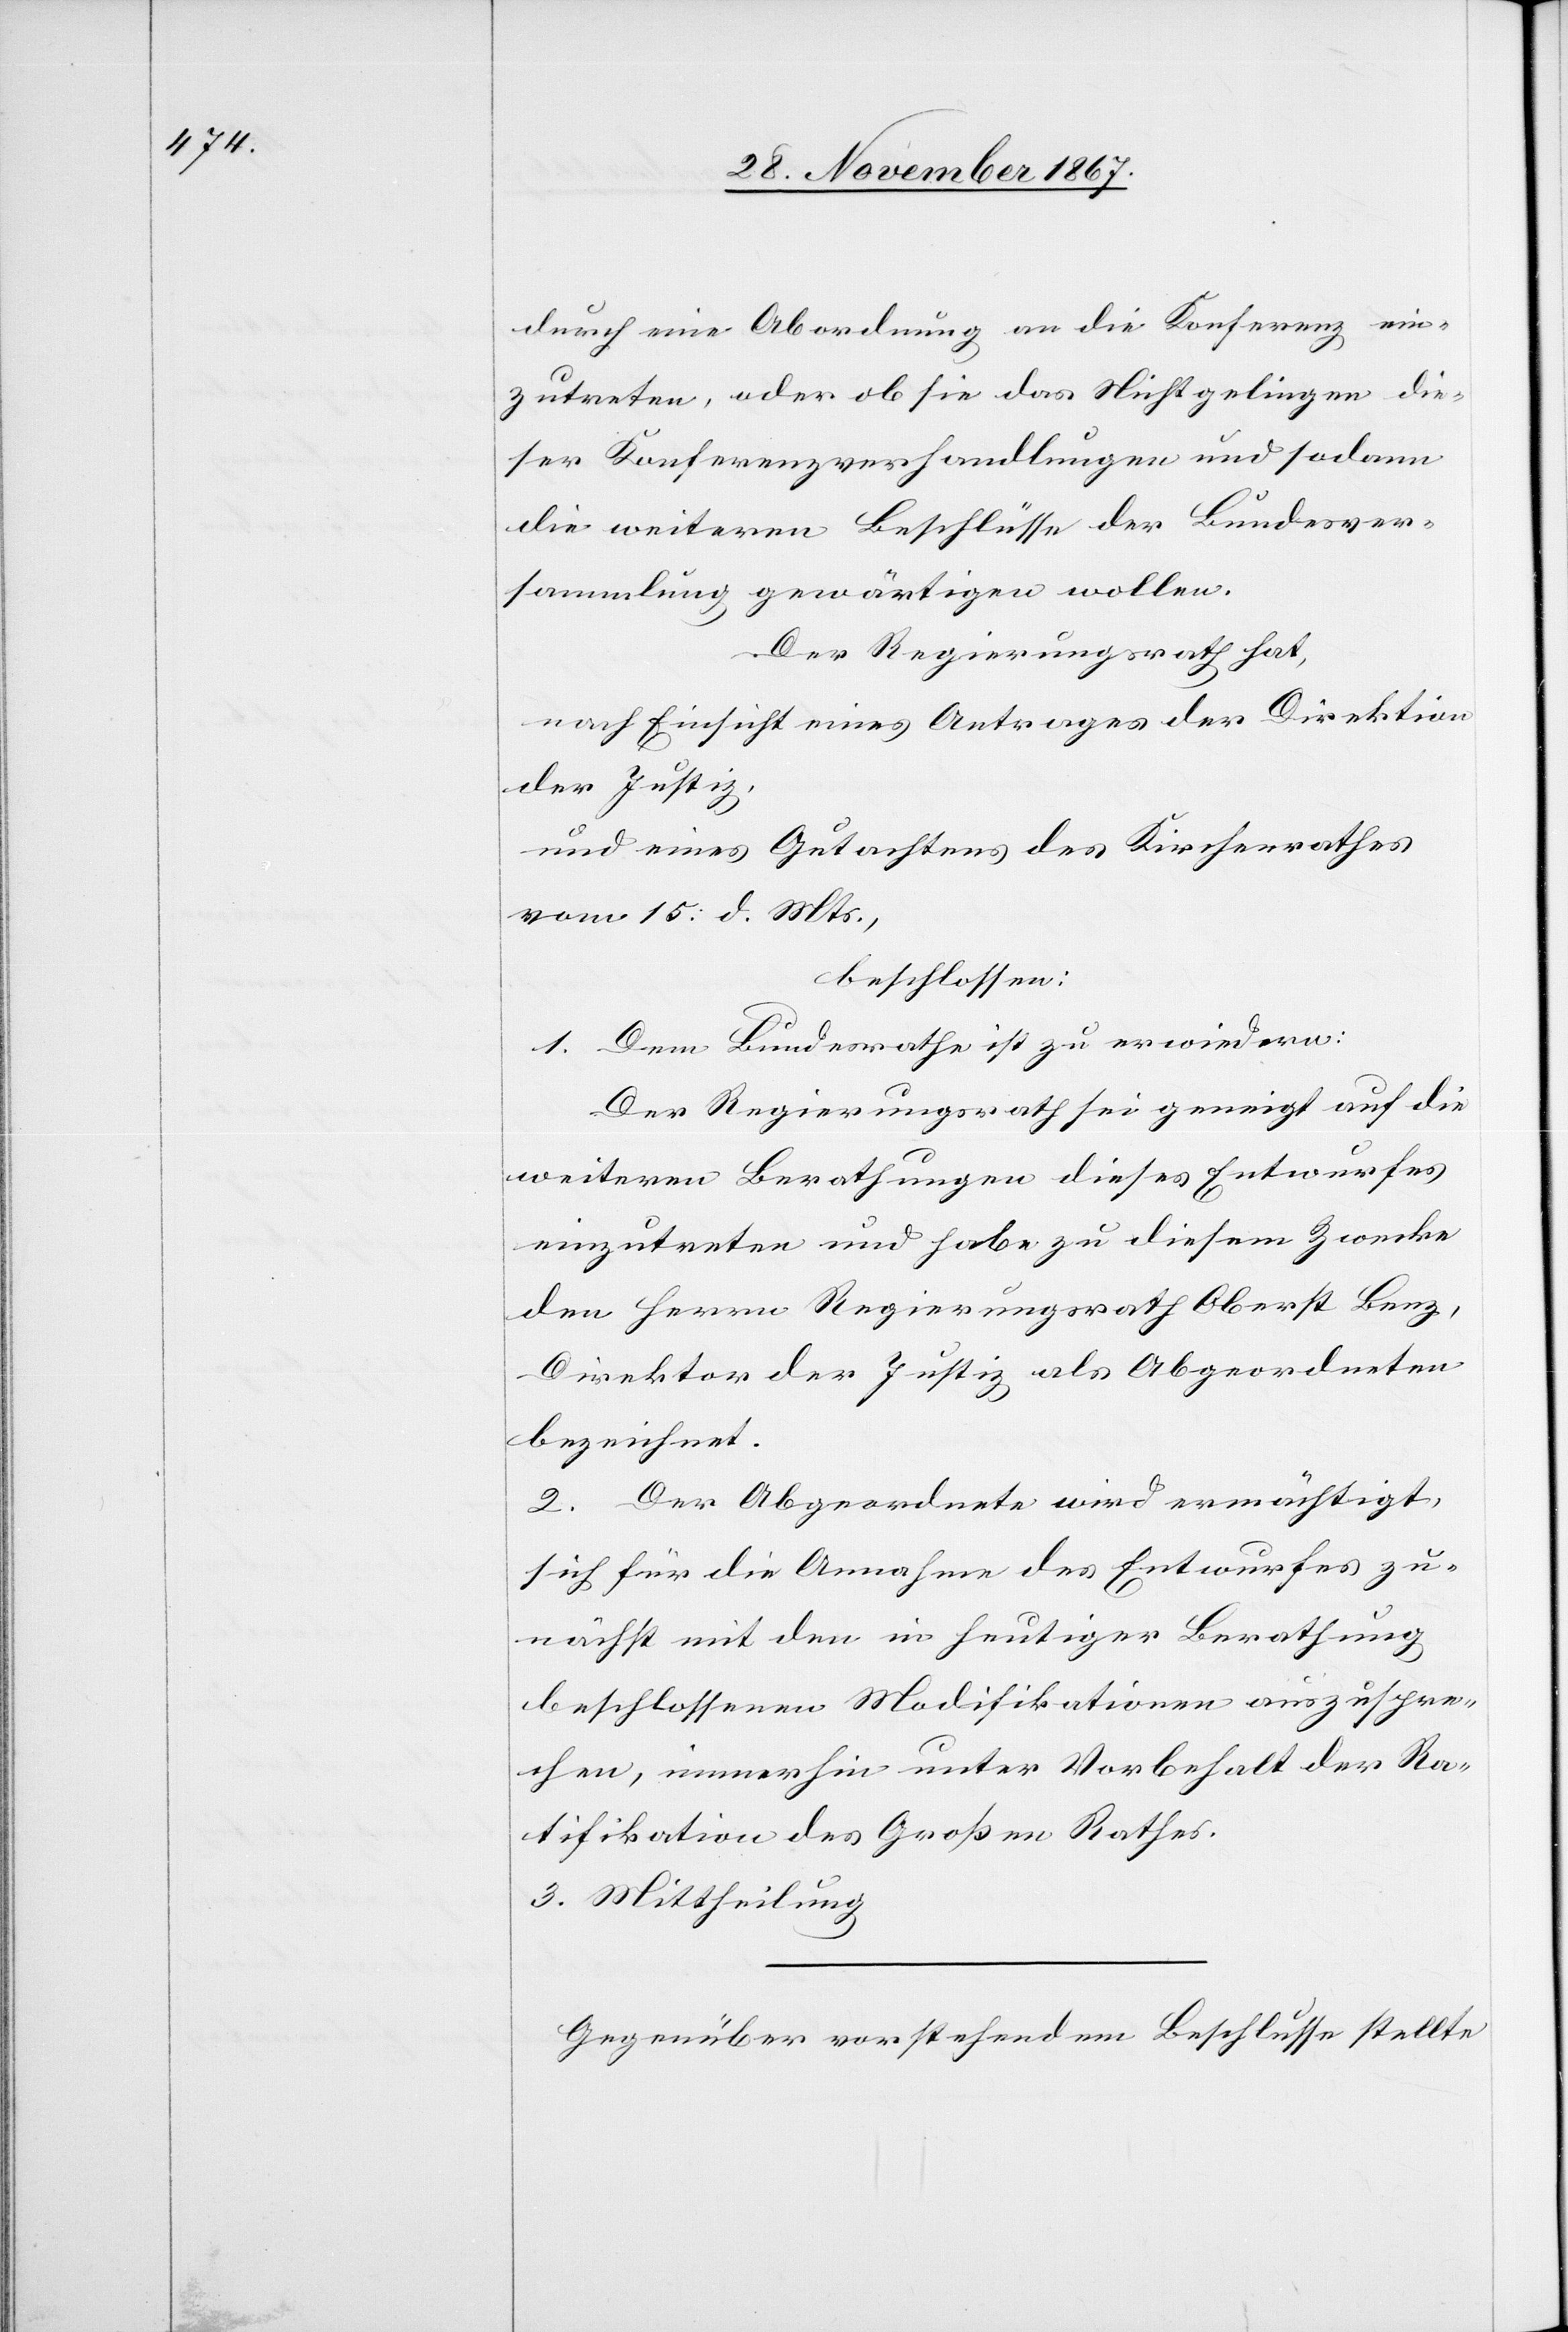
durch eine Abordnung an die Konferenz ein¬
zutreten, oder ob sie das Nichtgelingen die¬
ser Konferenzverhandlungen und sodann
die weiteren Beschlüsse der Bundesver¬
sammlung gewärtigen wollen.
Der Regierungsrath hat,
nach Einsicht eines Antrages der Direktion
der Justiz,
und eines Gutachtens des Kirchenrathes
vom 15: d. Mts.,
beschlossen:
1. Dem Bundesrathe ist zu erwiedern:
Der Regierungsrath sei geneigt auf die
weiteren Berathungen dieses Entwurfes
einzutreten und habe zu diesem Zwecke
den Herren Regierungsrath Oberst Benz,
Direktor der Justiz, als Abgeordneten
bezeichnet.
2. Der Abgeordnete wird ermächtigt,
sich für die Annahme des Entwurfes zu¬
nächst mit den in heutiger Berathung
beschlossenen Modifikationen auszuspre¬
chen, immerhin unter Vorbehalt der Ra¬
tifikation des Großen Rathes.
3. Mittheilung.
Gegenüber vorstehendem Beschlusse stellte